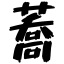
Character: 蕎